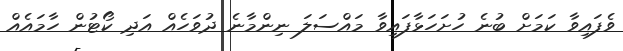
ވެފައިވާ ކަމަށް ބުނެ ހުށަހަޅާފައިވާ މައްސަލަ ނިންމާނެ ދުވަހެއް އަދި ކޯޓުން ހާމައެއް